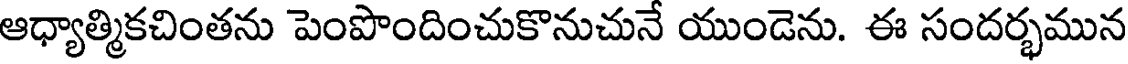
ఆధ్యాత్మికచింతను పెంపొందించుకొనుచునే యుండెను. ఈ సందర్భమున